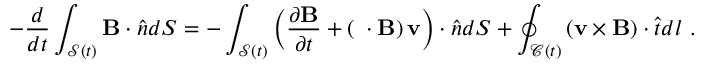
- \frac { d } { d t } \int _ { \mathcal { S } ( t ) } \mathbf { B } \cdot \hat { \boldsymbol { n } } d S = - \int _ { \mathcal { S } ( t ) } \left( \frac { \partial \mathbf { B } } { \partial t } + \left( \mathbf { \nabla } \cdot \mathbf { B } \right) \mathbf { v } \right) \cdot \hat { \boldsymbol { n } } d S + \oint _ { \mathcal { C } ( t ) } \left( \mathbf { v } \times \mathbf { B } \right) \cdot \hat { \boldsymbol { t } } d l ~ .